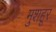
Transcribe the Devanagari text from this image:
मुशहूर